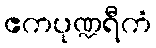
ဧကပုဏ္ဍရီကံ